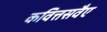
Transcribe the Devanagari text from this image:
कवित्तसवैए